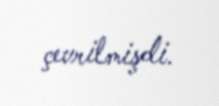
çevrilmişdi.